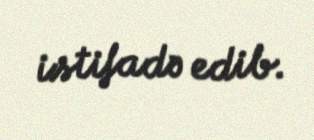
istifadə edib.